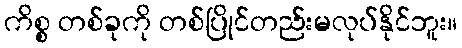
ကိစ္စ တစ်ခုကို တစ်ပြိုင်တည်းမလုပ်နိုင်ဘူး။